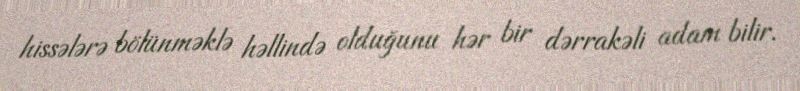
hissələrə bölünməklə həllində olduğunu hər bir dərrakəli adam bilir.